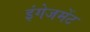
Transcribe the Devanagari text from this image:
इंगेजमेंट